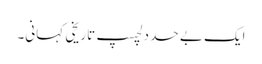
ایک بے حد دلچسپ تاریخی کہانی۔